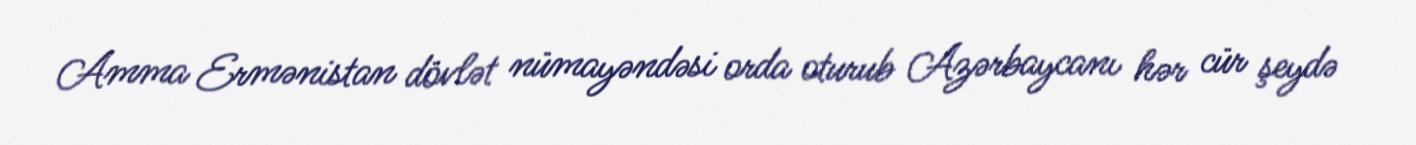
Amma Ermənistan dövlət nümayəndəsi orda oturub Azərbaycanı hər cür şeydə